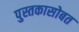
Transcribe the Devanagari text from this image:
पुस्तकासोबत